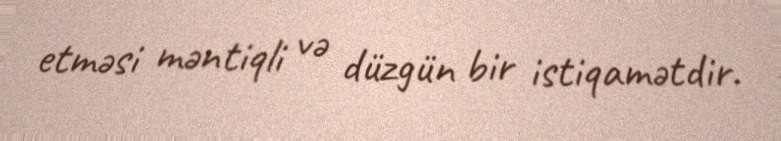
etməsi məntiqli və düzgün bir istiqamətdir.